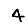
Digit: 4